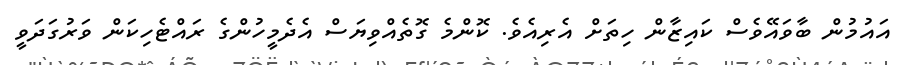
އައުމުން ބާވައޭވެސް ކައިޒާން ހިތަށް އެރިއެވެ. ކޮންމެ ގޮތެއްވިޔަސް އެދެމީހުންގެ ރައްޓެހިކަން ވަރުގަދަވީ